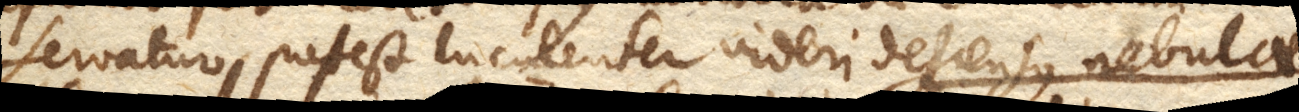
servatur, potest luculenter videri descensus nebulae,